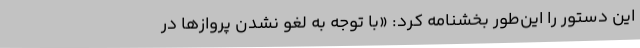
این دستور را این‌طور بخشنامه کرد: «با توجه به لغو نشدن پروازها در